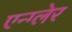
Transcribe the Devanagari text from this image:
एन्ग्लेर